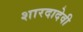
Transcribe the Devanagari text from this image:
शारदादेवी